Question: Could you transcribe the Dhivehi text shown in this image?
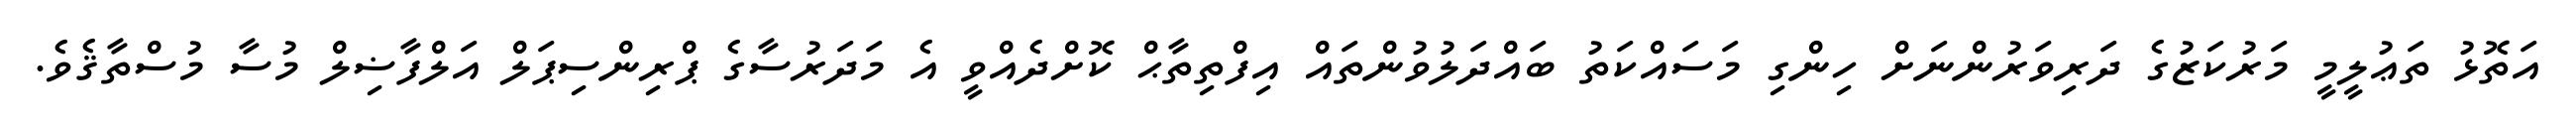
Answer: އަތޮޅު ތަޢުލީމީ މަރުކަޒުގެ ދަރިވަރުންނަށް ހިންގި މަސައްކަތު ބައްދަލުވުންތައް އިފްތިތާޙް ކޮށްދެއްވީ އެ މަދަރުސާގެ ޕްރިންސިޕަލް އަލްފާޟިލް މުސާ މުސްތާޤެވެ.